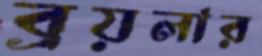
ব্রয়লার